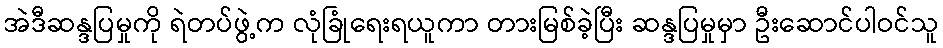
အဲဒီဆန္ဒပြမှုကို ရဲတပ်ဖွဲ့က လုံခြုံရေးရယူကာ တားမြစ်ခဲ့ပြီး ဆန္ဒပြမှုမှာ ဦးဆောင်ပါဝင်သူ